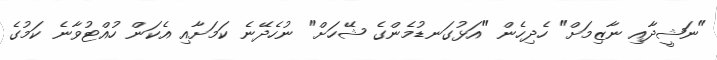
"ނަޝީދާއި ނާޒިމަށް" ހެދިހެން "އަޅުގަނޑުމެންގެ ޝޭހަށް" ނުހެދޭނެ ކަމަށާއި އެކަން ހުއްޓުވާނެ ކަމުގެ